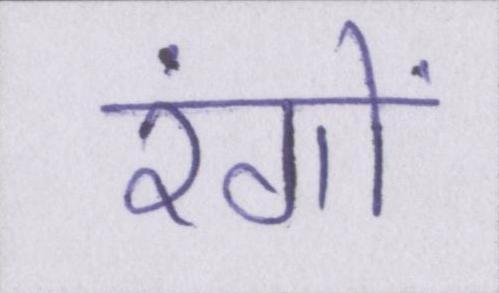
रंगों